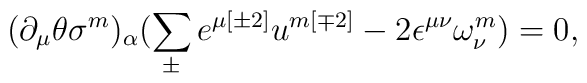
(\partial _{\mu }\theta \sigma ^{{ m}})_{\alpha }(\sum^{}_{\pm } e^{\mu { [\pm 2]}} u^{{ m[\mp 2]}} -2 \epsilon ^{\mu \nu } \omega ^{{ m}}_{\nu }) = 0 ,